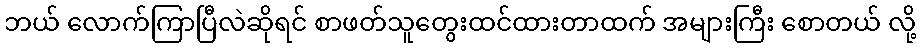
ဘယ် လောက်ကြာပြီလဲဆိုရင် စာဖတ်သူတွေးထင်ထားတာထက် အများကြီး စောတယ် လို့